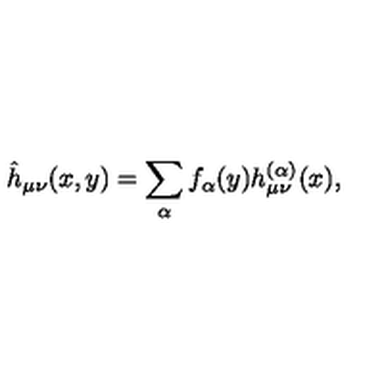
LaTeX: \hat { h } _ { \mu \nu } ( x , y ) = \sum _ { \alpha } f _ { \alpha } ( y ) h _ { \mu \nu } ^ { ( \alpha ) } ( x ) ,